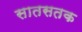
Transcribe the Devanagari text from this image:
सातसतक